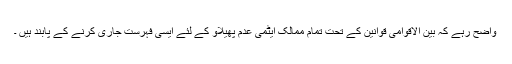
واضح رہے کہ بین الاقوامی قوانین کے تحت تمام ممالک ایٹمی عدم پھیلاؤ کے لئے ایسی فہرست جاری کرنے کے پابند ہیں ۔